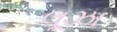
લૂઝા